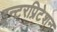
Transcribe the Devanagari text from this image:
इन्टरप्रिटेशन